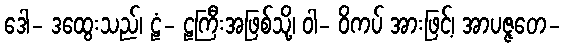
ဒေါ- ဒထွေးသည်၊ ဠံ- ဠကြီးအဖြစ်သို့၊ ဝါ- ဝိကပ် အားဖြင့်၊ အာပဇ္ဇတေ-